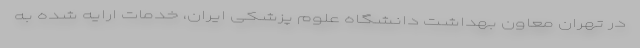
در تهران معاون بهداشت دانشگاه علوم پزشکی ایران، خدمات ارایه شده به